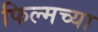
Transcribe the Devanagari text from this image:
फिल्मच्या